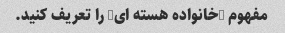
مفهوم "خانواده هسته ای" را تعریف کنید.